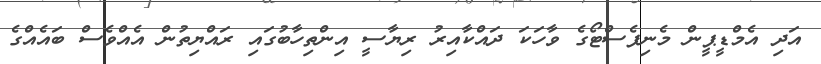
އަދި އެމްޑީޕީން މެނިފެސްޓޯގެ ވާހަކަ ދައްކާއިރު ރިޔާސީ އިންތިހާބުގައި ރައްޔިތުން އެއްވެސް ބައެއްގެ